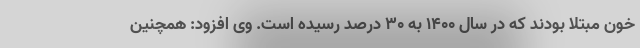
خون مبتلا بودند که در سال ۱۴۰۰ به ۳۰ درصد رسیده است. وی افزود: همچنین